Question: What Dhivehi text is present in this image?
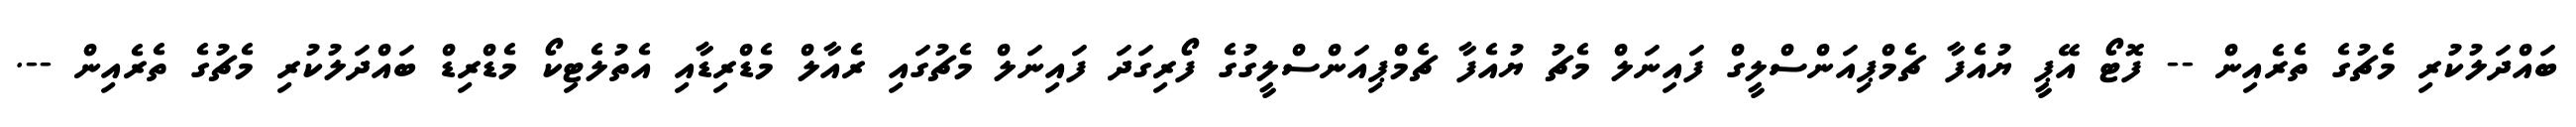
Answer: ބައްދަލުކުރި މެޗުގެ ތެރެއިން -- ފޮޓޯ އޭޕީ ޔުއެފާ ޗެމްޕިއަންސްލީގް ފައިނަލް މެޗު ޔުއެފާ ޗެމްޕިއަންސްލީގުގެ ފޯރިގަދަ ފައިނަލް މެޗުގައި ރެއާލް މެޑްރިޑާއި އެތުލެޓިކޯ މެޑްރިޑް ބައްދަލުކުރި މެޗުގެ ތެރެއިން --.